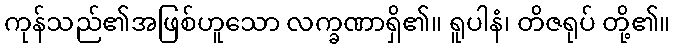
ကုန်သည်၏အဖြစ်ဟူသော လက္ခဏာရှိ၏။ ရူပါနံ၊ တိဇရုပ် တို့၏။